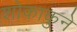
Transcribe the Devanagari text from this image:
शोकाकुने